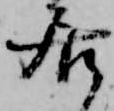
居